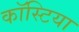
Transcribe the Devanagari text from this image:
कॉस्टिया